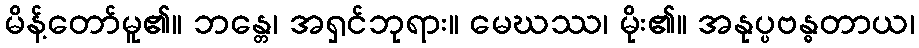
မိန့်တော်မူ၏။ ဘန္တေ၊ အရှင်ဘုရား။ မေဃဿ၊ မိုး၏။ အနုပ္ပဗန္ဓတာယ၊